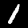
Digit: 1